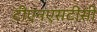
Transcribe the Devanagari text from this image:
टीएनएसटीसी